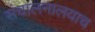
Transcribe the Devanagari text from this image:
संचालनालयाच